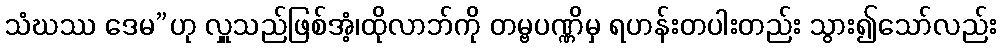
သံဃဿ ဒေမ”ဟု လှူသည်ဖြစ်အံ့၊ထိုလာဘ်ကို တမ္ဗပဏ္ဏိမှ ရဟန်းတပါးတည်း သွား၍သော်လည်း